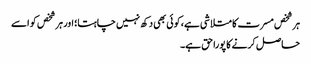
ہر شخص مسرت کا متلاشی ہے، کوئی بھی دکھ نہیں چاہتا؛ اور ہر شخص کو اسے
حاصل کرنے کا پورا حق ہے۔